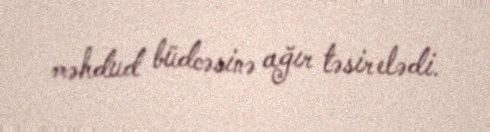
məhdud büdcəsinə ağır təsir elədi.